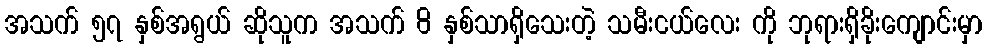
အသက် ၅၇ နှစ်အရွယ် ဆိုသူက အသက် 8 နှစ်သာရှိသေးတဲ့ သမီးငယ်လေး ကို ဘုရားရှိခိုးကျောင်းမှာ